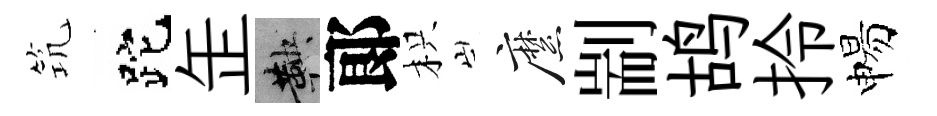
𥬑跎𦈢鞅郞枳縻剬鸪拎惕